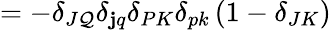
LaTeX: =-\delta_{J\mathcal{Q}}\delta_{\mathbf{j}q}\delta_{PK}\delta_{pk}\left(1-\delta_{JK}\right)